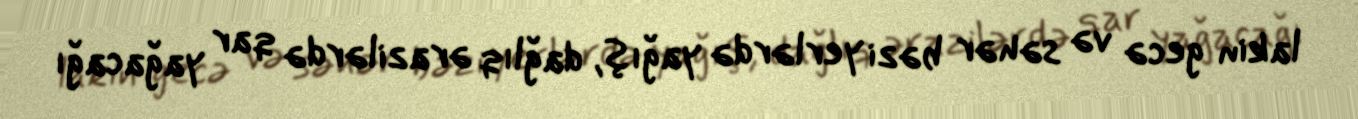
lakin gecə və səhər bəzi yerlərdə yağış, dağlıq ərazilərdə qar yağacağı